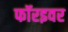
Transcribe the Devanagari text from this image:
फॉरइवर